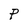
Character: P